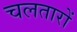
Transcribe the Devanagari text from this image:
चलतारों